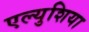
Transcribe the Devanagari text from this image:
एल्युशिया